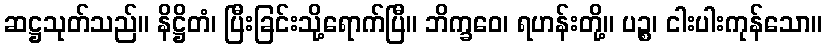
ဆဋ္ဌသုတ်သည်။ နိဋ္ဌိတံ၊ ပြီးခြင်းသို့ရောက်ပြီ။ ဘိက္ခဝေ၊ ရဟန်းတို့။ ပဉ္စ၊ ငါးပါးကုန်သော။